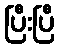
ပြီးပြီ